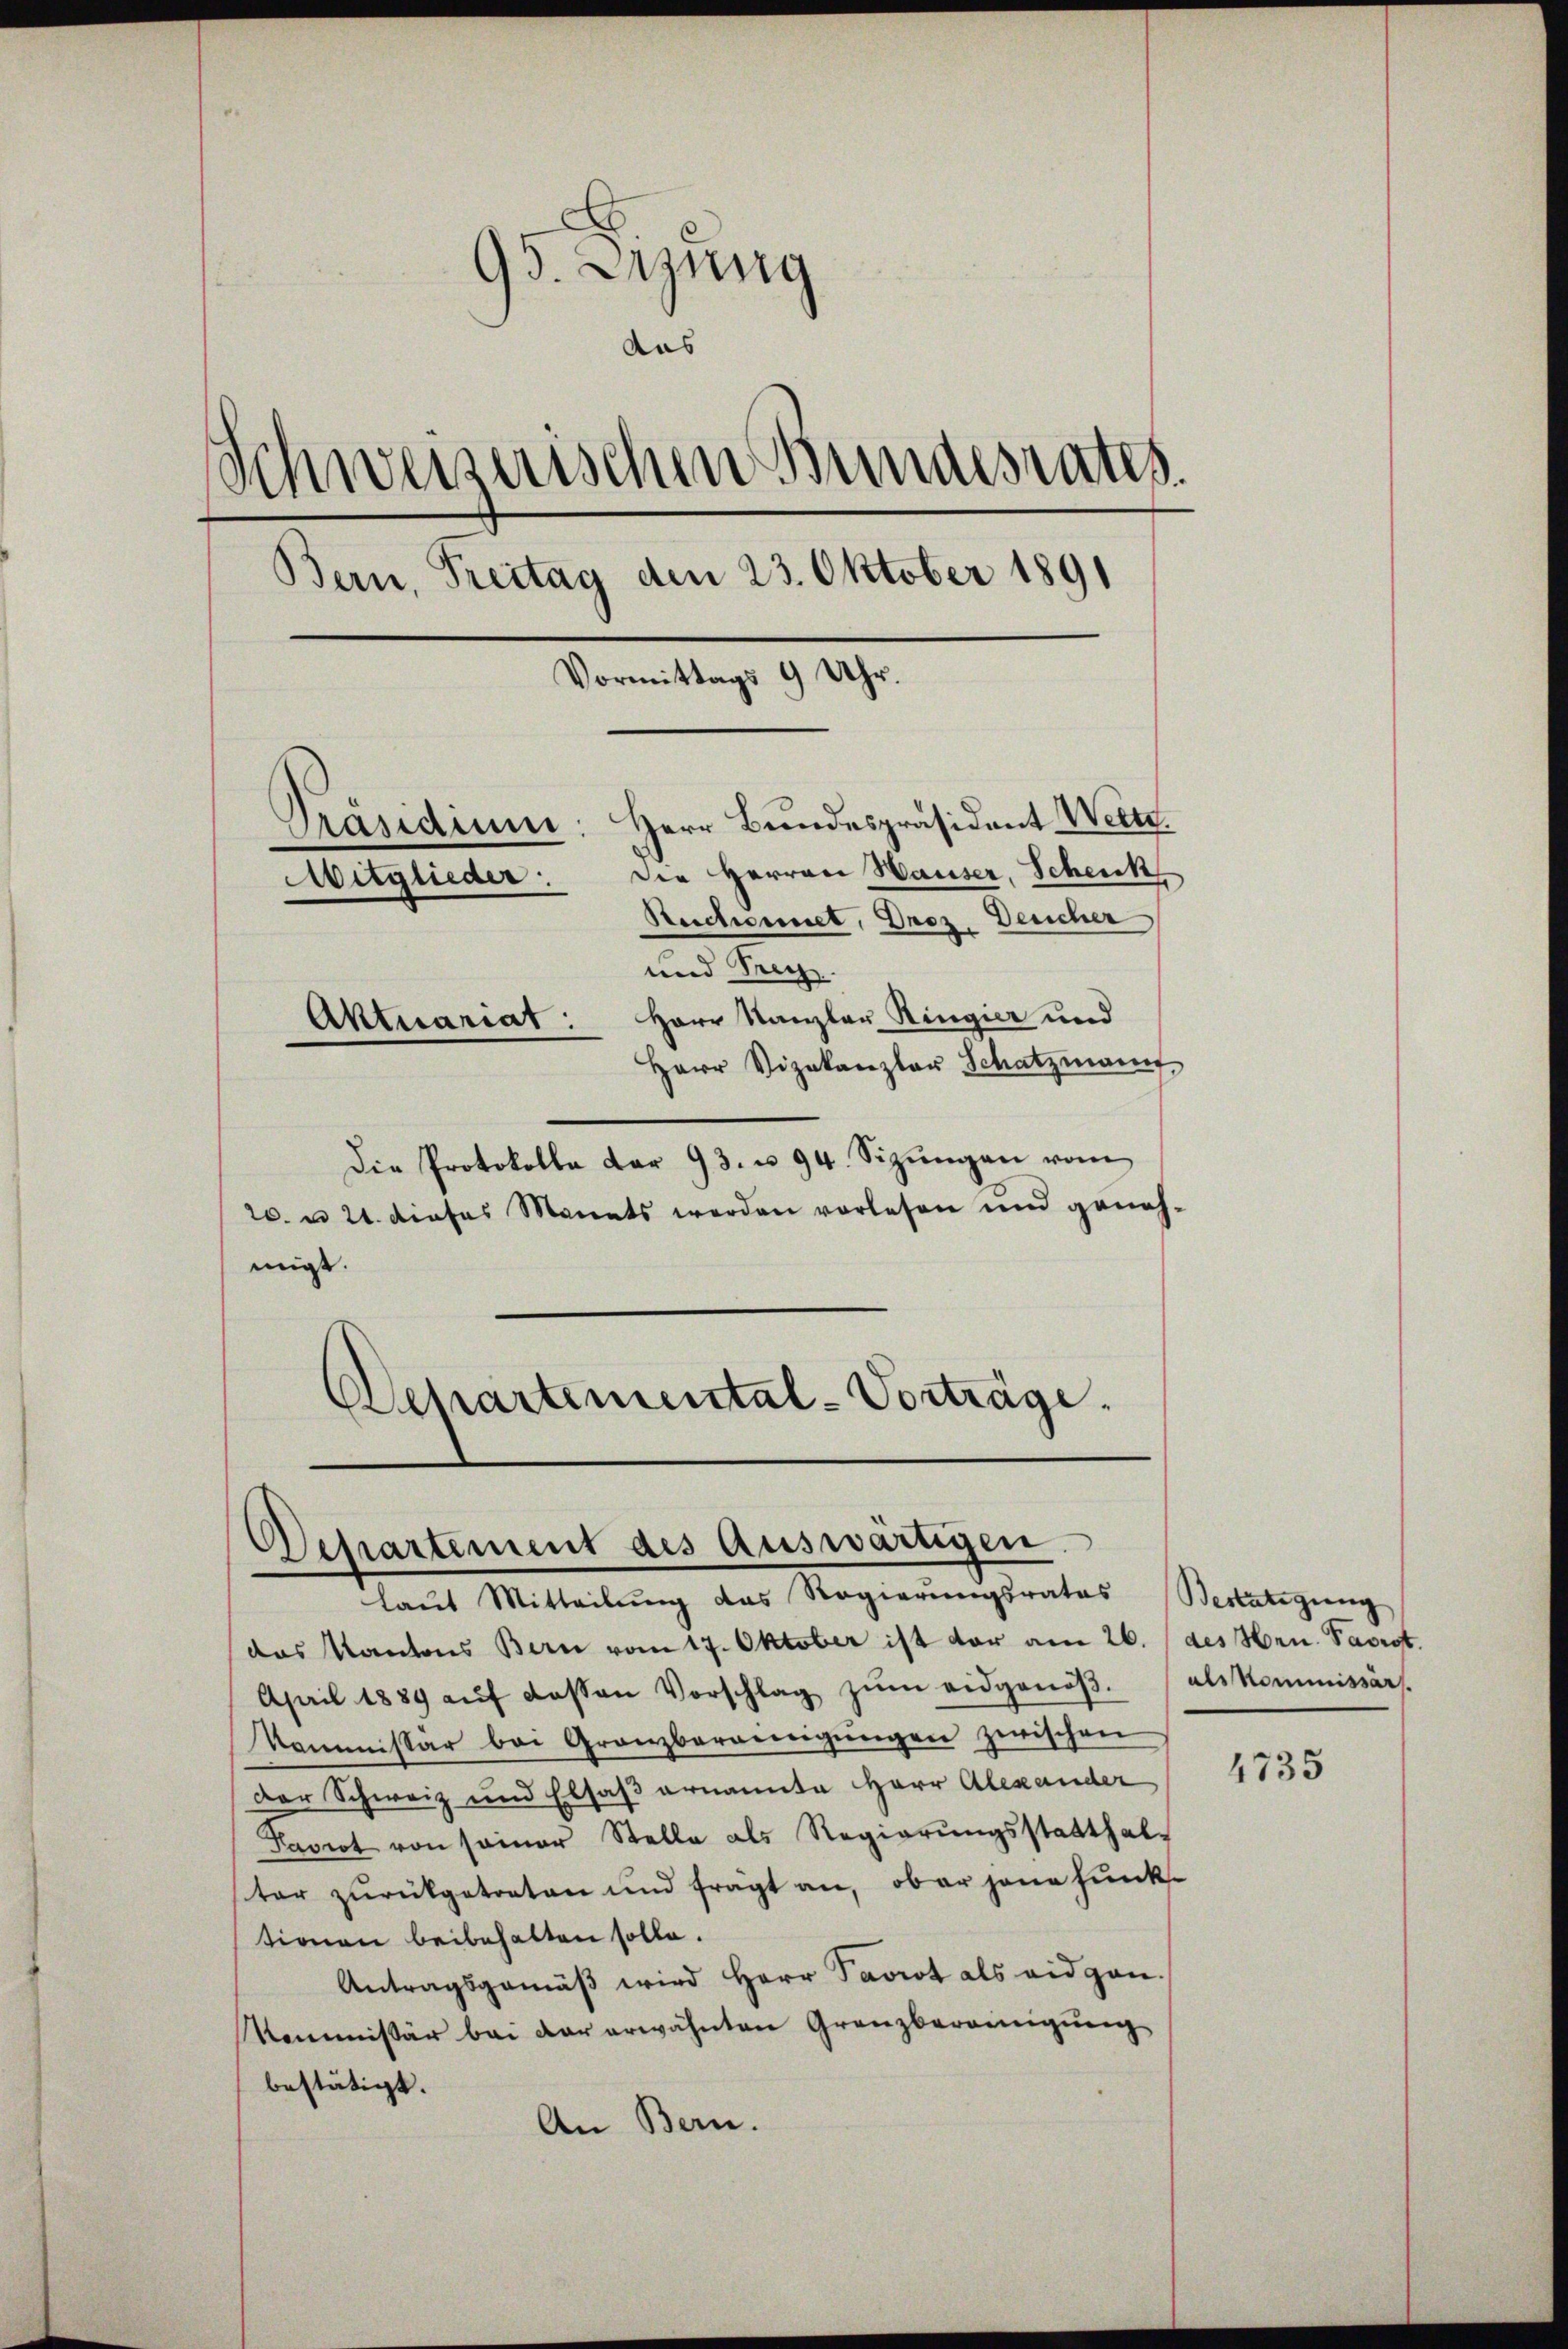
95. Dizung
aas
Schweizerischen Bundesrates
Bern, Freitag den 23. Oktober 1891
Vormittags 9 Uhr.
Herr Bundespräsident Weitz.
Präsidium
Die Herren Hauser, Schenk
Mitglieder
Reichennet, Droz. Deucher

und Seeg
Aktuariat: Herr Kanzler Ringier und
Herr Vizekanzlar Schatzmann,
Die Protokolle dar 93. u. 94. Sizŭngen vom
20. u 24. dieses Monats werden vorlesen und geneh-
migt.
Departemental-Vorträge.

Departement des Auswärtigen.
laŭt Mitteilŭng das Regierŭngsrates Bestätigung

das Kantons Bern vom 17. Oktober ist vor am 26. (des Hrn. Parrst.
April 1889 aŭf dessen Vorschlag zŭm eidgenöβ. als Kommissärs.
kommissar bei Granzbereinigŭngen zwischen
Der Schweiz und Elsaß ernannte Herr Alexander
Pavrot von seiner Stelle als Regierŭngsstatthal-
ter zurückgetreten und fragt an, ober jene funk-
tionen beibehalten solle.
Antragsgemäβ wird Herr Paviot als eidgen.
Kommissär bei der erwähnten Granzbereinigung
bestätigt.
An Bern.

4735